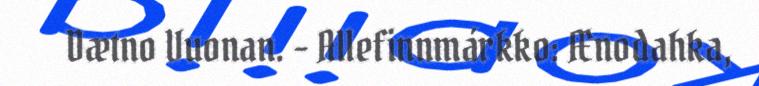
Dætno Vuonan. - Allefinnmárkko: Ænodahka,